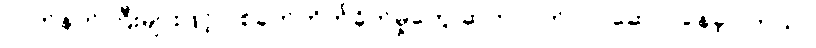
လက်နက်ကြီးများဖြင့် ပစ်ခတ်တိုက်ခိုက်မှုတွေ ဆက်လက်လုပ်ဆောင်နေခဲ့ပါတယ်။